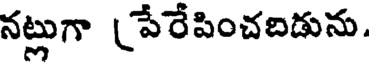
నట్లుగా (పేరేపించబడును.